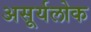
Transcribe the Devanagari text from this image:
असूर्यलोक